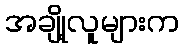
အချို့လူများက